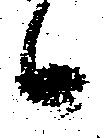
候